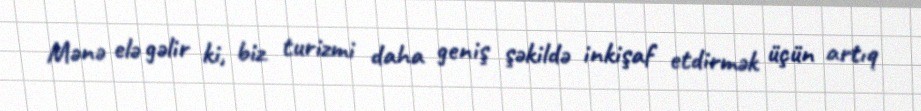
Mənə elə gəlir ki, biz turizmi daha geniş şəkildə inkişaf etdirmək üçün artıq